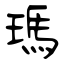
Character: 瑪